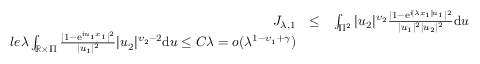
\begin{array} { r l r } { J _ { \lambda , 1 } } & { \le } & { \int _ { \Pi ^ { 2 } } | u _ { 2 } | ^ { \upsilon _ { 2 } } \frac { | 1 - \mathrm e ^ { \mathrm i [ \lambda x _ { 1 } ] u _ { 1 } } | ^ { 2 } } { | u _ { 1 } | ^ { 2 } | u _ { 2 } | ^ { 2 } } \mathrm d \boldsymbol { u } } \\ { l e \lambda \int _ { \mathbb { R } \times \Pi } \frac { | 1 - \mathrm e ^ { \mathrm i u _ { 1 } x _ { 1 } } | ^ { 2 } } { | u _ { 1 } | ^ { 2 } } | u _ { 2 } | ^ { \upsilon _ { 2 } - 2 } \mathrm d \boldsymbol { u } \le C \lambda = o ( \lambda ^ { 1 - \upsilon _ { 1 } + \gamma } ) } \end{array}